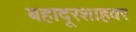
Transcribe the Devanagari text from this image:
बहादूरशाहवर